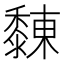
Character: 䵔